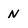
Character: N